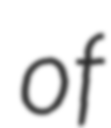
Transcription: of